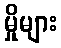
မှိုများ